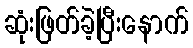
ဆုံးဖြတ်ခဲ့ပြီးနောက်